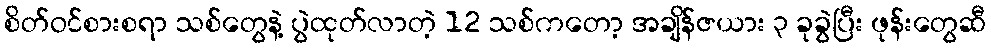
စိတ်ဝင်စားစရာ သစ်တွေနဲ့ ပွဲထုတ်လာတဲ့ 12 သစ်ကတော့ အချိန်ဇယား ၃ ခုခွဲပြီး ဖုန်းတွေဆီ